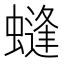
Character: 䗦